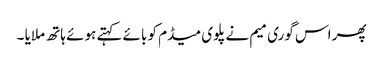
پھر اس گوری میم نے پلوی میڈم کو بائے کہتے ہوئے ہاتھ ملایا ۔